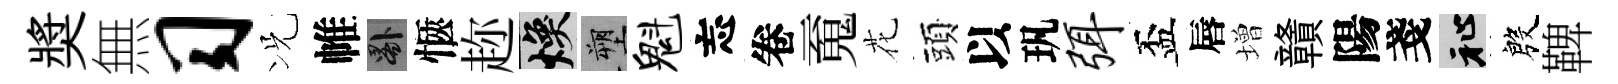
奬無习况帷晷愜趂焕塑魁忘卷䰟花頭以㺬弭盃唇増贛陽戔祉殷鞞